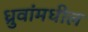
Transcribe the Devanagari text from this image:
ध्रुवांमधील